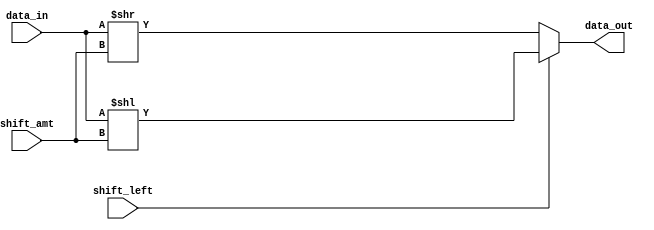
module barrel_shifter (
    input [7:0] data_in,
    input signed [3:0] shift_amt,
    input shift_left,
    output [7:0] data_out
);

reg [7:0] shifted_data;

always @ (*) begin
    if (shift_left) begin
        shifted_data = data_in << shift_amt;
    end else begin
        shifted_data = data_in >> shift_amt;
    end

    data_out = shifted_data;
end

endmodule